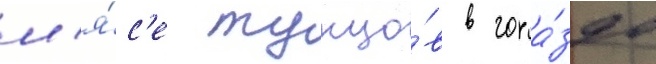
м'я́с'е тунцо́в в гора́здо